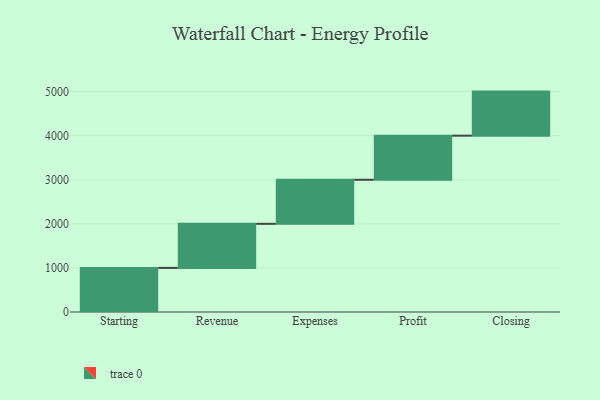
{"axis": {"x": "Step", "y": "Value"}, "legend": [""], "data": [{"x": "Starting", "y": 1000.0, "type": ""}, {"x": "Revenue", "y": 1000, "type": ""}, {"x": "Expenses", "y": 1000, "type": ""}, {"x": "Profit", "y": 1000, "type": ""}, {"x": "Closing", "y": 1000, "type": ""}]}